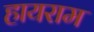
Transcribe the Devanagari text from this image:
हायराम